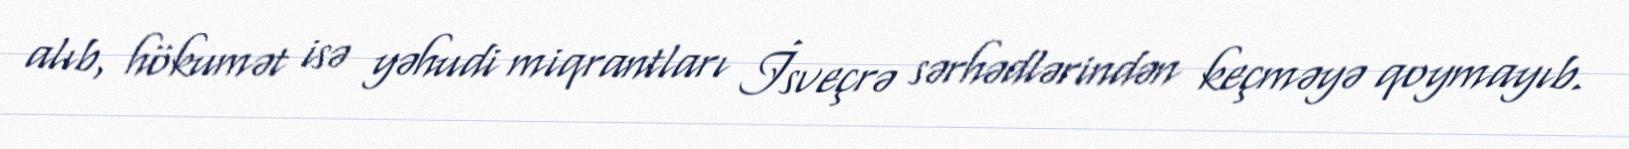
alıb, hökumət isə yəhudi miqrantları İsveçrə sərhədlərindən keçməyə qoymayıb.